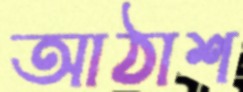
আঠাশ